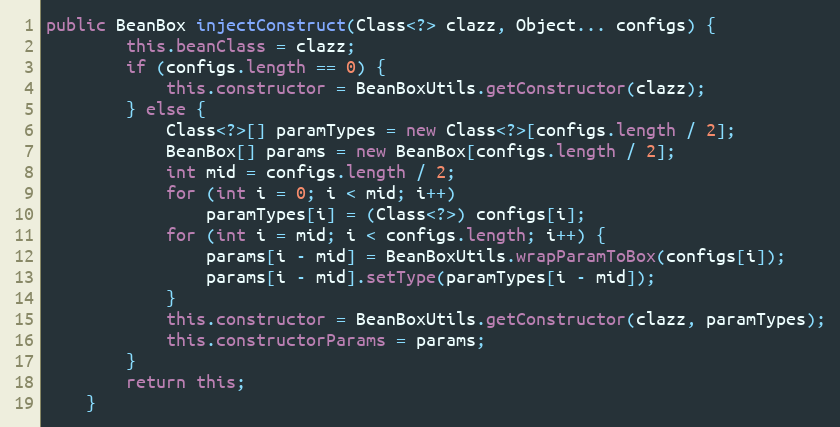
Language: Java
public BeanBox injectConstruct(Class<?> clazz, Object... configs) {
		this.beanClass = clazz;
		if (configs.length == 0) {
			this.constructor = BeanBoxUtils.getConstructor(clazz);
		} else {
			Class<?>[] paramTypes = new Class<?>[configs.length / 2];
			BeanBox[] params = new BeanBox[configs.length / 2];
			int mid = configs.length / 2;
			for (int i = 0; i < mid; i++)
				paramTypes[i] = (Class<?>) configs[i];
			for (int i = mid; i < configs.length; i++) {
				params[i - mid] = BeanBoxUtils.wrapParamToBox(configs[i]);
				params[i - mid].setType(paramTypes[i - mid]);
			}
			this.constructor = BeanBoxUtils.getConstructor(clazz, paramTypes);
			this.constructorParams = params;
		}
		return this;
	}